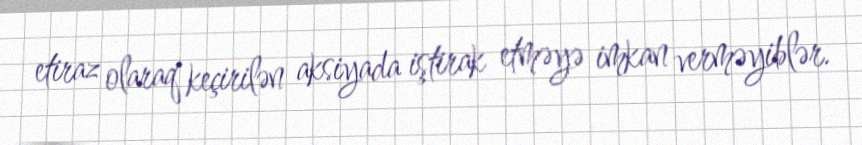
etiraz olaraq keçirilən aksiyada iştirak etməyə imkan verməyiblər.